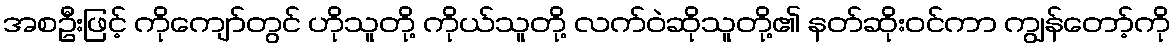
အစဦးဖြင့် ကိုကျော်တွင် ဟိုသူတို့ ကိုယ်သူတို့ လက်ဝဲဆိုသူတို့၏ နတ်ဆိုးဝင်ကာ ကျွန်တော့်ကို